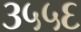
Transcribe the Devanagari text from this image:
३५५६